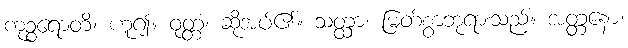
ကုဉ္စရောတိ၊ ဟူ၍။ ဝုတ္တံ၊ ဆိုအပ်၏။ သတ္ထာ၊ မြတ်စွာဘုရားသည်။ အတ္တနော၊